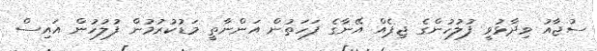
ސުޖާއު ވިދާޅުވީ ފުލުހުންގެ ޖިޕެއް އޭނާގެ ފަހަތުން އަންނާތީ މަޑުކުރުމުން ފުލުހުން އައިސް